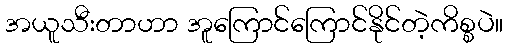
အယူသီးတာဟာ အူကြောင်ကြောင်နိုင်တဲ့ကိစ္စပဲ။